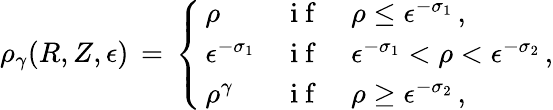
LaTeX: \rho_{\gamma}(R,Z,\epsilon)\, =\, \left\{ \begin{array}{ll}{\, \rho}&{\mathrm{~i~f~}\quad\rho\le\epsilon^{-\sigma_{1}}\, ,}\\ {\, \epsilon^{-\sigma_{1}}}&{\mathrm{~i~f~}\quad\epsilon^{-\sigma_{1}}<\rho<\epsilon^{-\sigma_{2}}\, ,}\\ {\, \rho^{\gamma}}&{\mathrm{~i~f~}\quad\rho\ge\epsilon^{-\sigma_{2}}\, ,}\end{array}\right.